Indian journal of veterinary science and animal husbandry - Volume 2,
Year: 1932
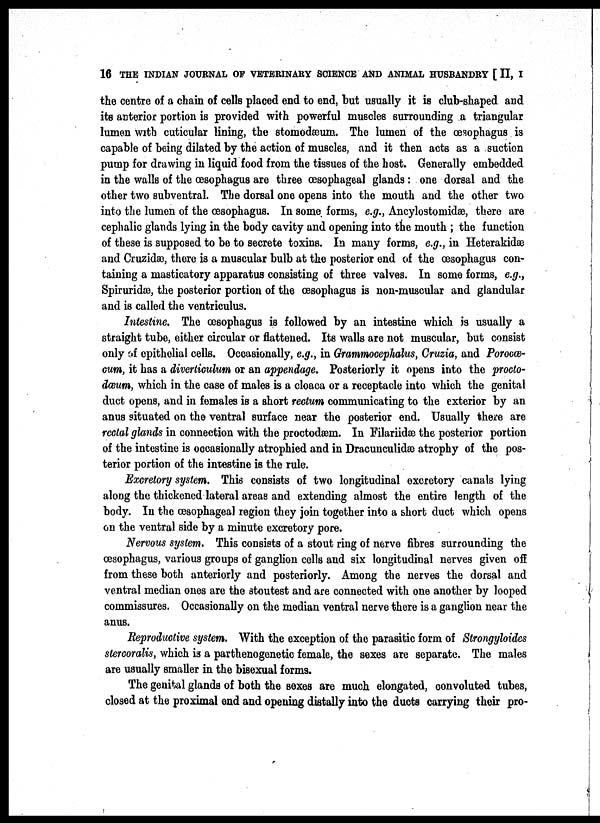
16 THE INDIAN JOURNAL OF VETERINARY SCIENCE AND ANIMAL HUSBANDRY [ II, I
the centre of a chain of cells placed end to end, but usually it is club-shaped and
its anterior portion is provided with powerful muscles surrounding a triangular
lumen with cuticular lining, the stomodæum. The lumen of the œsophagus is
capable of being dilated by the action of muscles, and it then acts as a suction
pump for drawing in liquid food from the tissues of the host. Generally embedded
in the walls of the œsophagus are three œsophageal glands : one dorsal and the
other two subventral. The dorsal one opens into the mouth and the other two
into the lumen of the œsophagus. In some forms, e.g., Ancylostomidæ, there are
cephalic glands lying in the body cavity and opening into the mouth ; the function
of these is supposed to be to secrete toxins. In many forms, e.g. in Heterakidæ
and Cruzidæ, there is a muscular bulb at the posterior end of the œsophagus con-
taining a masticatory apparatus consisting of three valves. In some forms, e.g.,
Spiruridæ, the posterior portion of the œsophagus is non-muscular and glandular
and is called the ventriculus.
Intestine. The œsophagus is followed by an intestine which is usually a
straight tube, either circular or flattened. Its walls are not muscular, but consist
only of epithelial cells. Occasionally, e.g., in Grammocephalus, Cruzia, and Porocæ¬
cum, it has a diverticulum or an appendage. Posteriorly it opens into the procto-
dœum, which in the case of males is a cloaca or a receptacle into which the genital
duct opens, and in females is a short rectum communicating to the exterior by an
anus situated on the ventral surface near the posterior end. Usually there are
rectal glands in connection with the proctodæm. In Filariidæ the posterior portion
of the intestine is occasionally atrophied and in Dracunculidæ atrophy of the pos-
terior portion of the intestine is the rule.
Excretory system. This consists of two longitudinal excretory canals lying
along the thickened lateral areas and extending almost the entire length of the
body. In the œsophageal region they join together into a short duct which opens
on the ventral side by a minute excretory pore.
Nervous system. This consists of a stout ring of nerve fibres surrounding the
œsophagus, various groups of ganglion cells and six longitudinal nerves given off
from these both anteriorly and posteriorly. Among the nerves the dorsal and
ventral median ones are the stoutest and are connected with one another by looped
commissures. Occasionally on the median ventral nerve there is a ganglion near the
anus.
Reproductive system. With the exception of the parasitic form of Strongyloides
stercoralis, which is a parthenogenetic female, the sexes are separate. The males
are usually smaller in the bisexual forms.
The genital glands of both the sexes are much elongated, convoluted tubes,
closed at the proximal end and opening distally into the ducts carrying their pro-